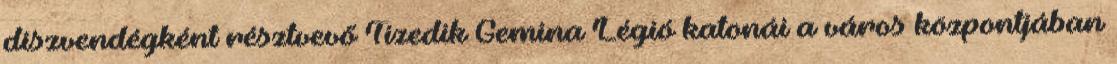
díszvendégként résztvevő Tizedik Gemina Légió katonái a város központjában